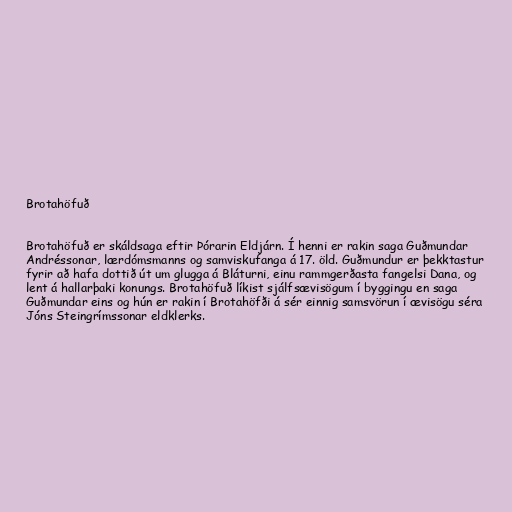
Brotahöfuð

Brotahöfuð er skáldsaga eftir Þórarin Eldjárn. Í henni er rakin saga Guðmundar
Andréssonar, lærdómsmanns og samviskufanga á 17. öld. Guðmundur er þekktastur
fyrir að hafa dottið út um glugga á Bláturni, einu rammgerðasta fangelsi Dana, og
lent á hallarþaki konungs. Brotahöfuð líkist sjálfsævisögum í byggingu en saga
Guðmundar eins og hún er rakin í Brotahöfði á sér einnig samsvörun í ævisögu séra
Jóns Steingrímssonar eldklerks.